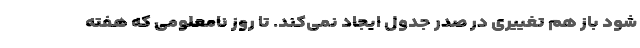
شود باز هم تغییری در صدر جدول ایجاد نمی‌کند. تا روز نامعلومی که هفته